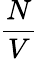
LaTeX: \frac{N}{V}